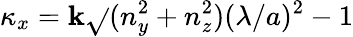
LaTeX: \kappa_{x}=\mathbf{k}\sqrt{}{{(n_{y}^{2}+n_{z}^{2})(\lambda/a)^{2}-1}}